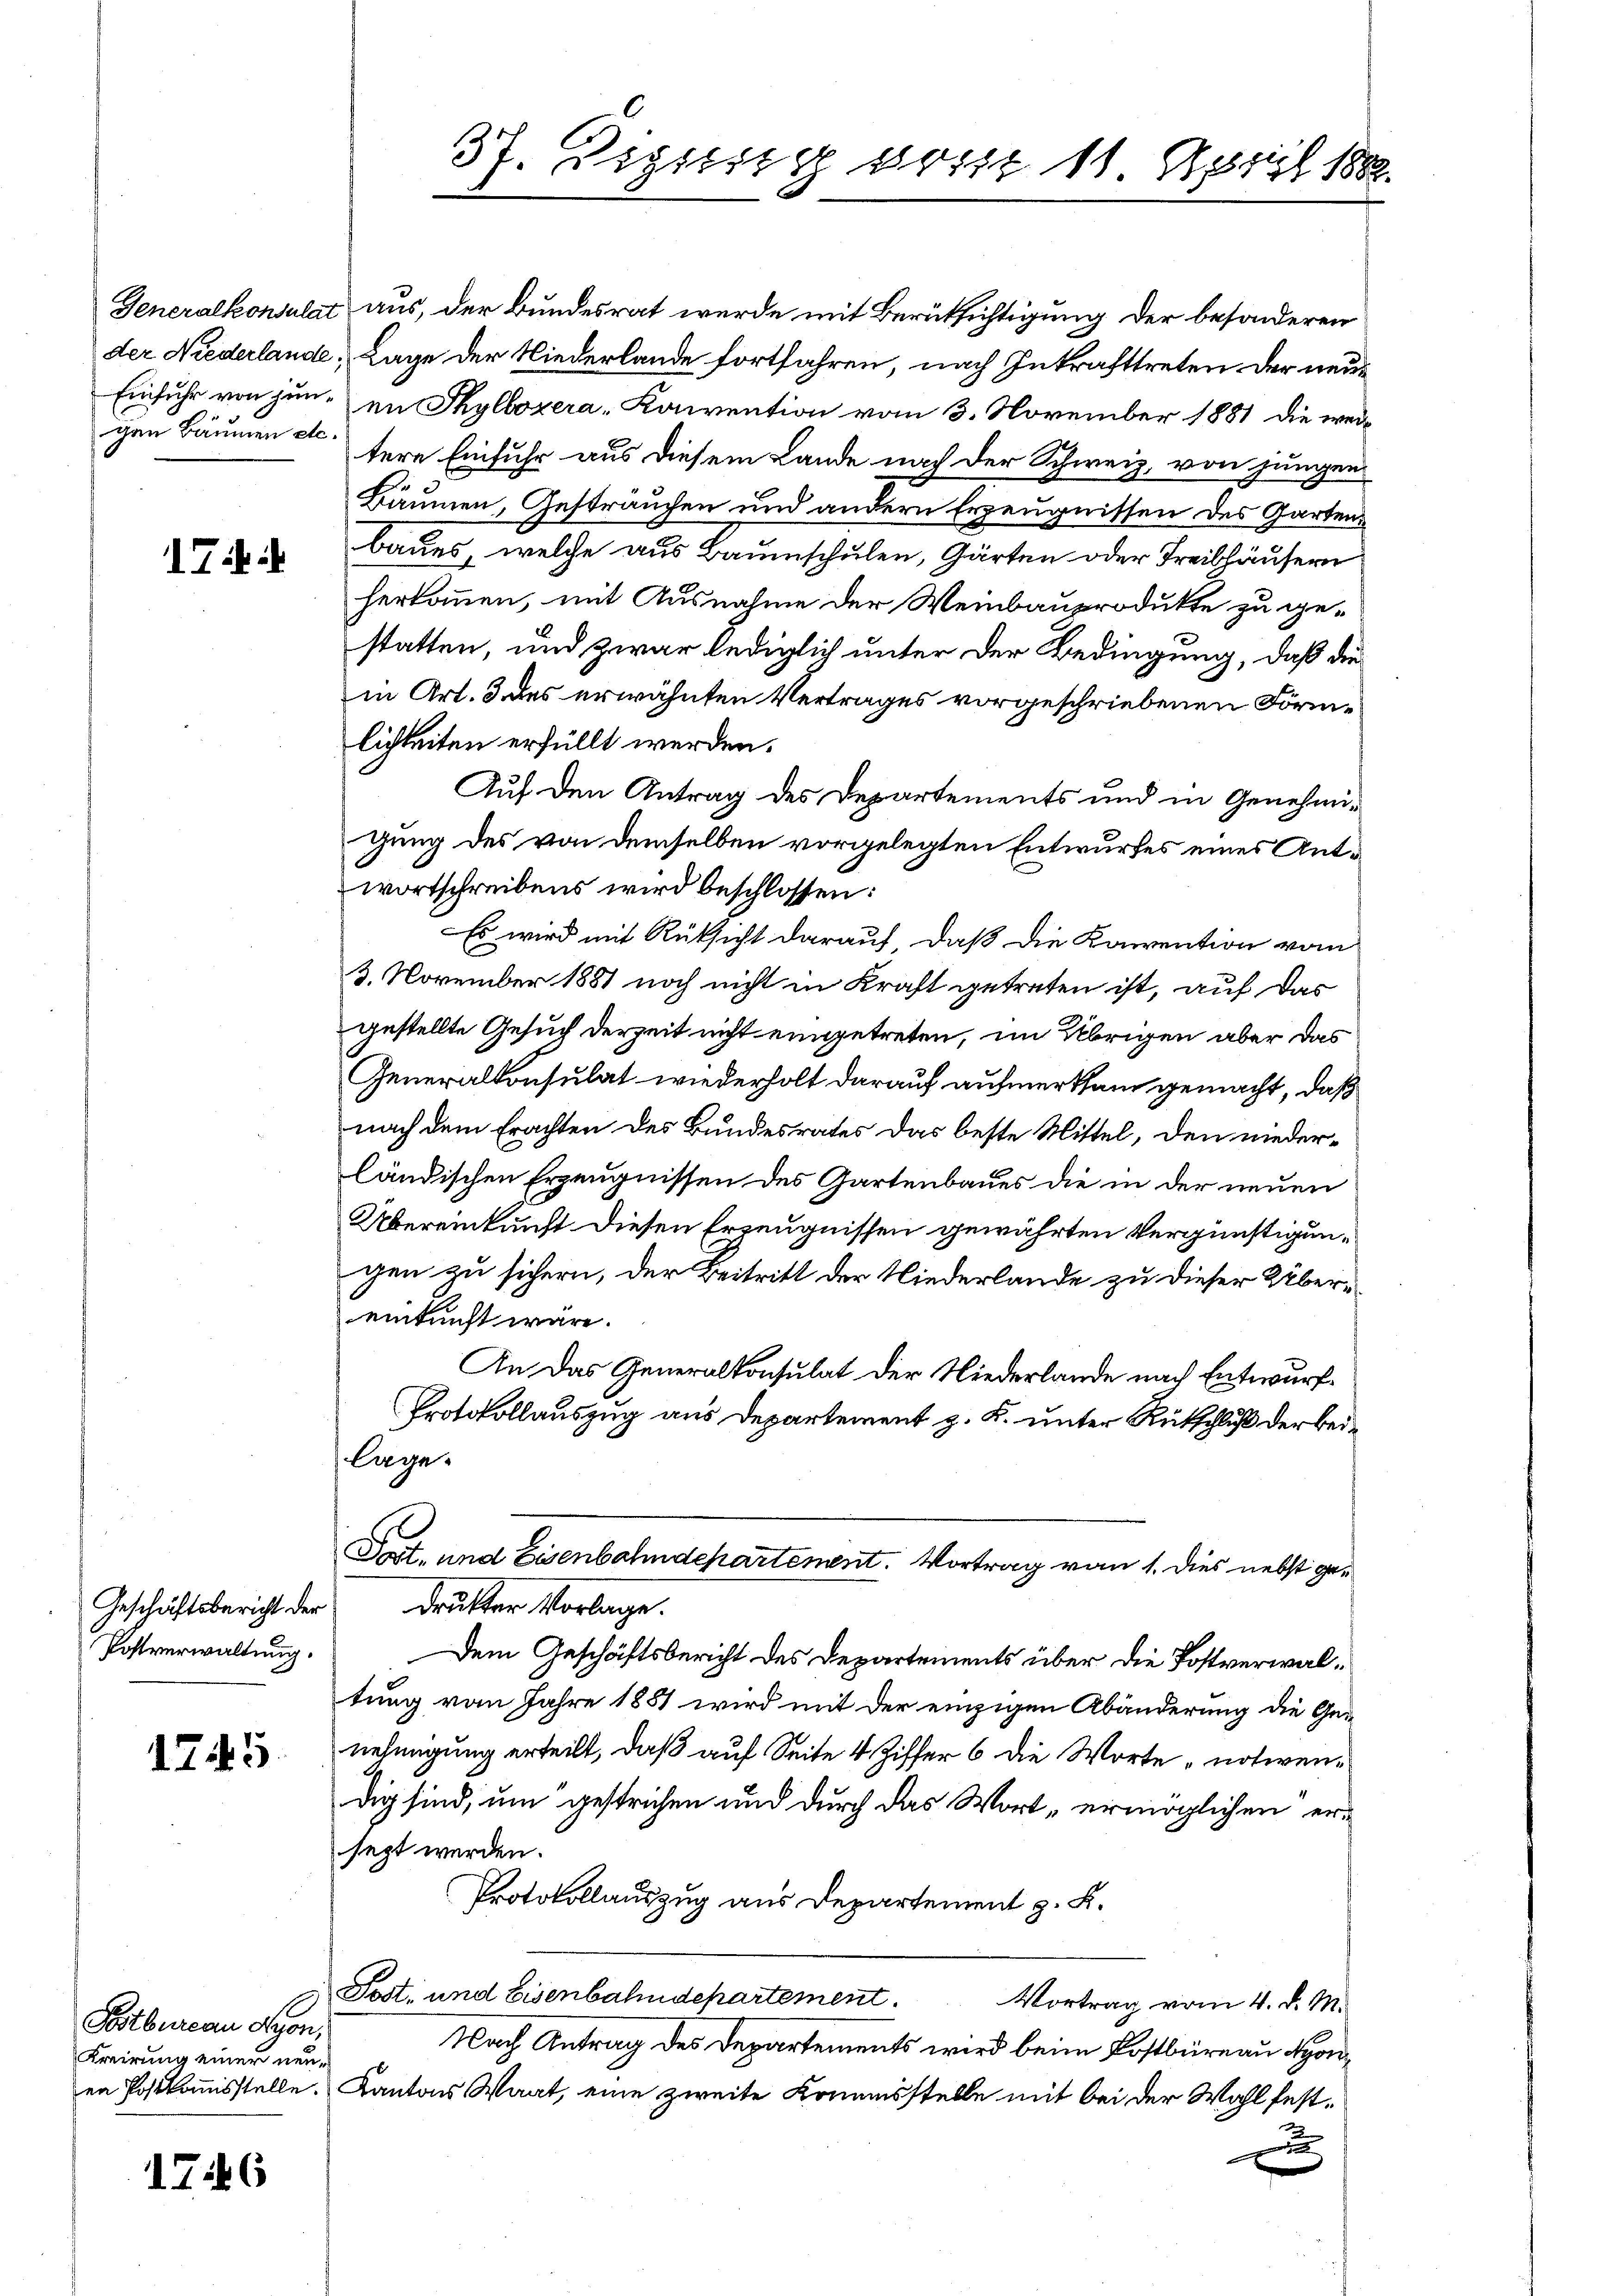
Einfuhr von jun¬

17 i

Geschäftsbericht der
Postverwaltung.

1745.

Postbureau Lyon,
Kreirung einer neuen Postkommisstelle.

176

Generalkonsulat aus, der Bundesrat wurde mit Berüksichtigung der besonderen
der Niederlande, Lage der Niederlande fortfahren, nach Inkrafttreten der neuen Thylbozera-Konvention vom 3. November 1881 die weigen Bäumen etc. dere Einfuhr aus diesem Lande nach der Schweiz, von jungen
Bäumen, Gesträuchen und andern Erzeugnissen des Gartens
baues, welche aus Baumschulen, Gärten oder Treibhäusern
herkommen, mit Ausnahme der Weinbauprodukte zu gestatten, und zwar lediglich unter der Bedingung, daß die
in Art. 3 des erwähnten Vertrages vorgeschriebenen Förmlichkeiten erfüllt werden.
Auf den Antrag des Departements und in Genehmigung des von demselben vorgelegten Entwurfes eines Antwortschreibens wird beschlossen:
Es wird mit Rüksicht darauf, daß die Konvention vom
3. November 1881 noch nicht in Kraft getreten ist, auf das
gestellte Gesuch derzeit nicht eingetreten, im Übrigen aber das
Generalkonsulat wiederholt darauf aufmerksam gemacht, daß
nach dem Erachten des Bundesrates das beste Mittel, den niederländischen Erzeugnissen des Gartenbaues die in der neuen
Übereinkunft diesen Erzeugnissen gewährten Vergünstigungen zu sichern, der Beitritt der Niederlande zu dieser Übereinkunft wäre.
An das Generalkonsulat der Niederlande nach Entwurf
Protokollauszug aus Departement z. K. unter Rütschluß der beilage.
Tat. und Eisenbahndepartement. Vortrag von 1. dies nebst gedrukter Vorlage.
Dem Geschäftsbericht des Departements über die Postverwaltung vom Jahre 1881 wird mit der einzigen Abänderung die Genehmigung erteilt, daß auf Seite 4 Ziffer 6 die Worte notwendig sind, um gestrichen und durch das Wort ermöglichen ersegt werden.
Protokollauszug aus Departement z. K.
Post- und Eisenbahndepartement. Vortrag vom 4. d. M.
Nach Antrag des Departements wird beim Kostbüreau Lyon¬
Kantons Waat, eine zweite Kommisstelle mit bei der Wahl festx

37. Regieng dort 11 April 1882.